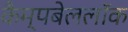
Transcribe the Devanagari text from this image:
कैम्पबेललॉक